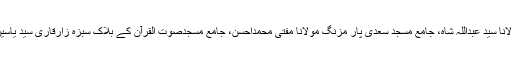
جامع مسجد الہلال چوبرجی،جامع مسجد کوثر لنڈا بازار مولانا سید عبداللہ شاہ، جامع مسجد سعدی پار مزنگ مولانا مفتی محمداحسن، جامع مسجدصوت القرآن کے بلاک سبزہ زارقاری سید یاسین شاہ، جامع مسجد خلیل،خلیل پارک ڈھولنوال مولانا شہزاد۔